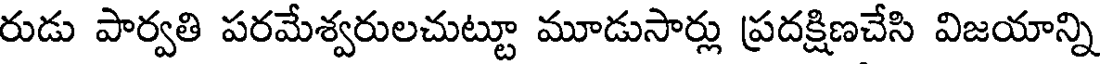
రుడు పార్వతి పరమేశ్వరులచుట్టూ మూడుసార్లు ప్రదక్షిణచేసి విజయాన్ని